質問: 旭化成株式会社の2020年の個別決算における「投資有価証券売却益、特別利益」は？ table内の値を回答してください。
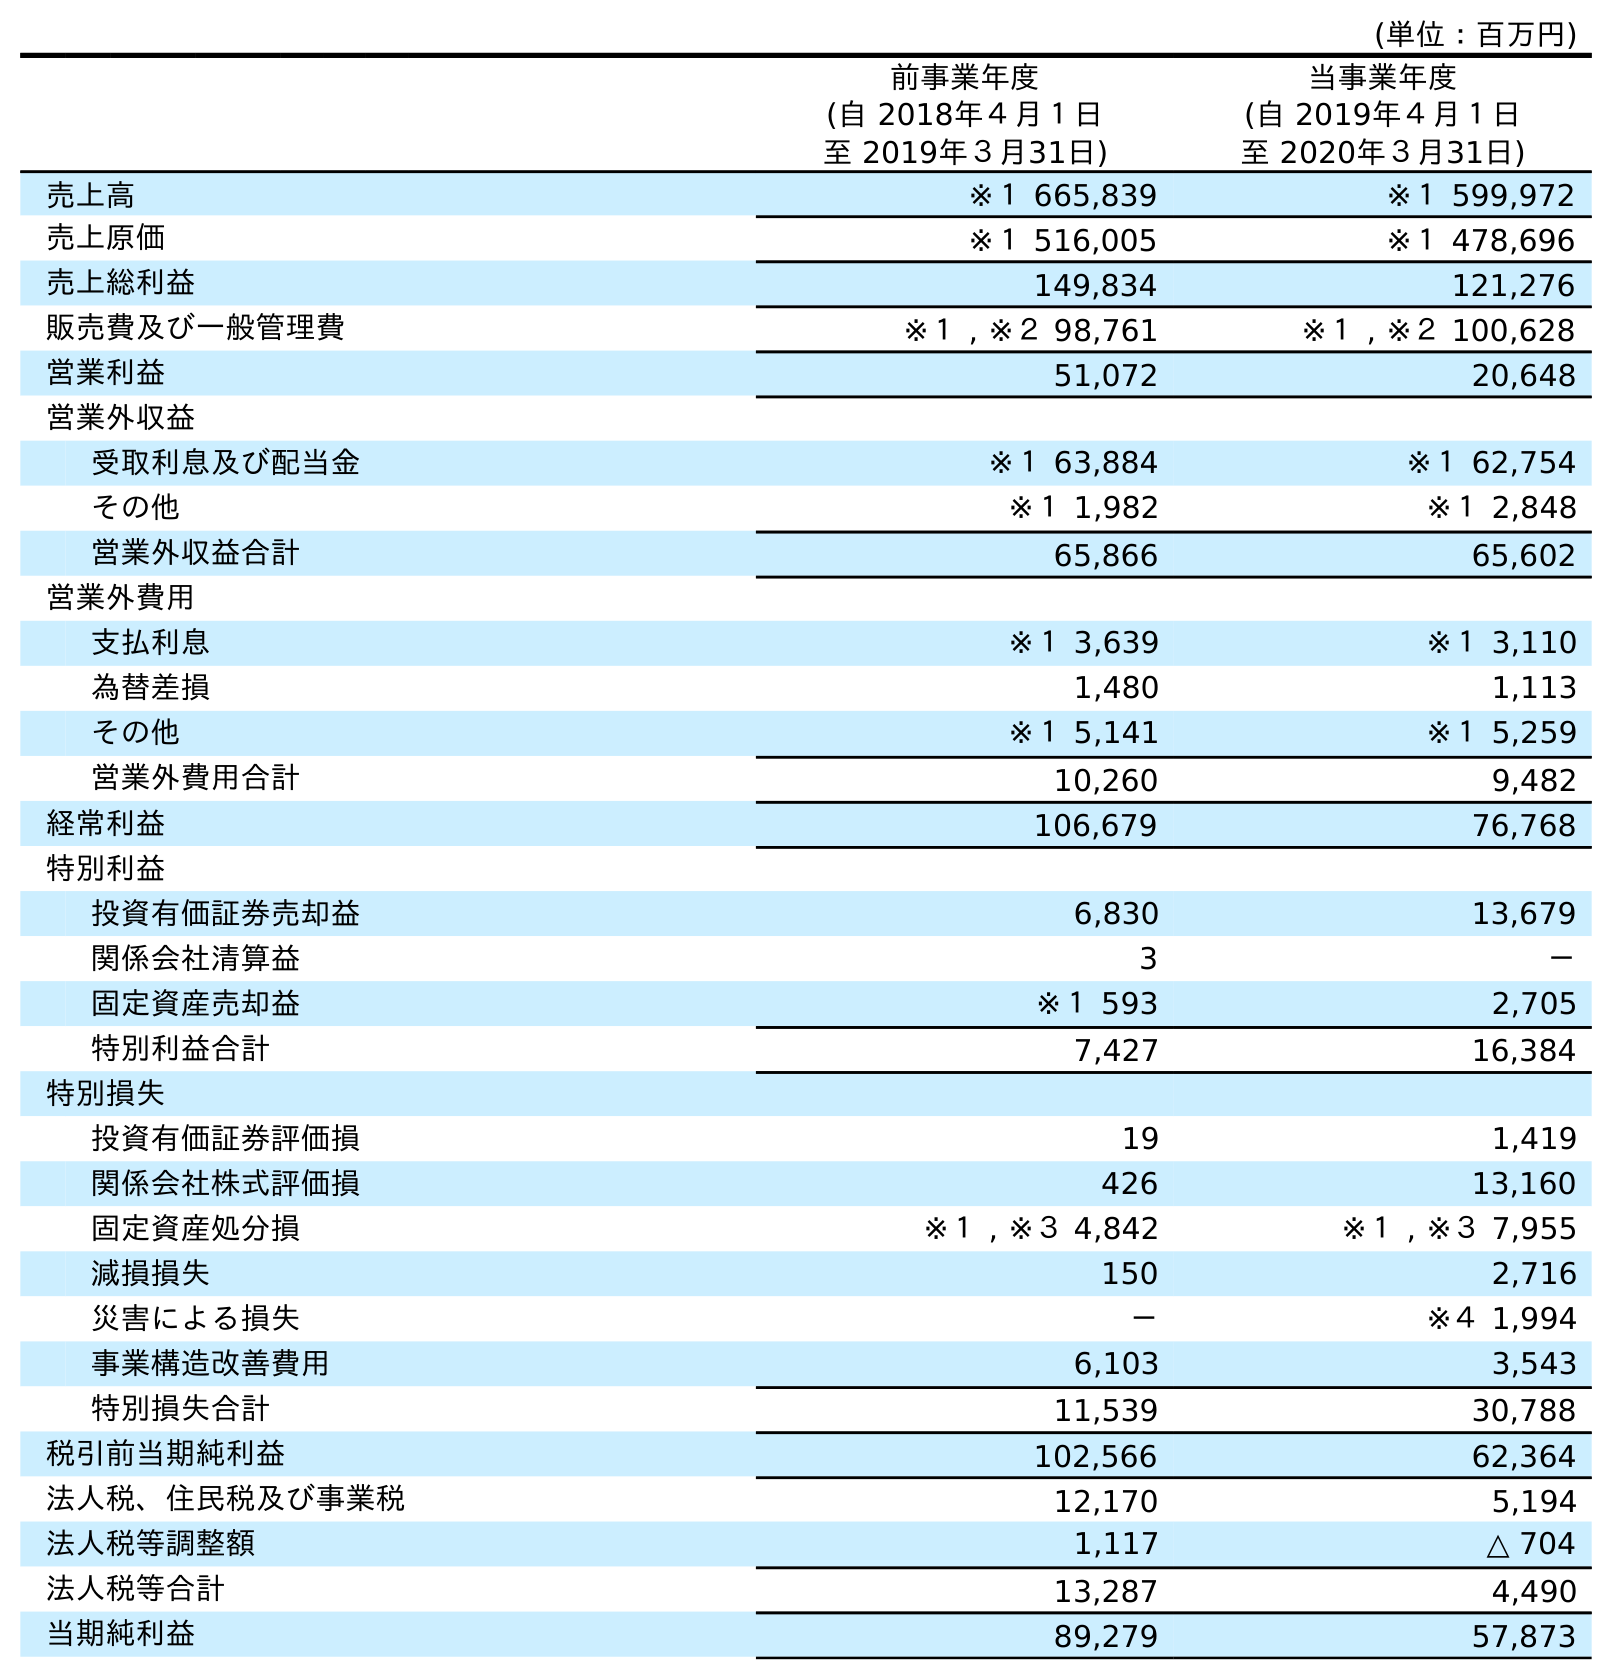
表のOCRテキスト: (単位：百万円) 前事業年度 (自 2018年４月１日 至 2019年３月31日) 当事業年度 (自 2019年４月１日 至 2020年３月31日) 売上高 ※１ 665,839 ※１ 599,972 売上原価 ※１ 516,005 ※１ 478,696 売上総利益 149,834 121,276 販売費及び一般管理費 ※１ , ※２ 98,761 ※１ , ※２ 100,628 営業利益 51,072 20,648 営業外収益 受取利息及び配当金 ※１ 63,884 ※１ 62,754 その他 ※１ 1,982 ※１ 2,848 営業外収益合計 65,866 65,602 営業外費用 支払利息 ※１ 3,639 ※１ 3,110 為替差損 1,480 1,113 その他 ※１ 5,141 ※１ 5,259 営業外費用合計 10,260 9,482 経常利益 106,679 76,768 特別利益 投資有価証券売却益 6,830 13,679 関係会社清算益 3 － 固定資産売却益 ※１ 593 2,705 特別利益合計 7,427 16,384 特別損失 投資有価証券評価損 19 1,419 関係会社株式評価損 426 13,160 固定資産処分損 ※１ , ※３ 4,842 ※１ , ※３ 7,955 減損損失 150 2,716 災害による損失 － ※４ 1,994 事業構造改善費用 6,103 3,543 特別損失合計 11,539 30,788 税引前当期純利益 102,566 62,364 法人税、住民税及び事業税 12,170 5,194 法人税等調整額 1,117 △ 704 法人税等合計 13,287 4,490 当期純利益 89,279 57,873
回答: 13,679